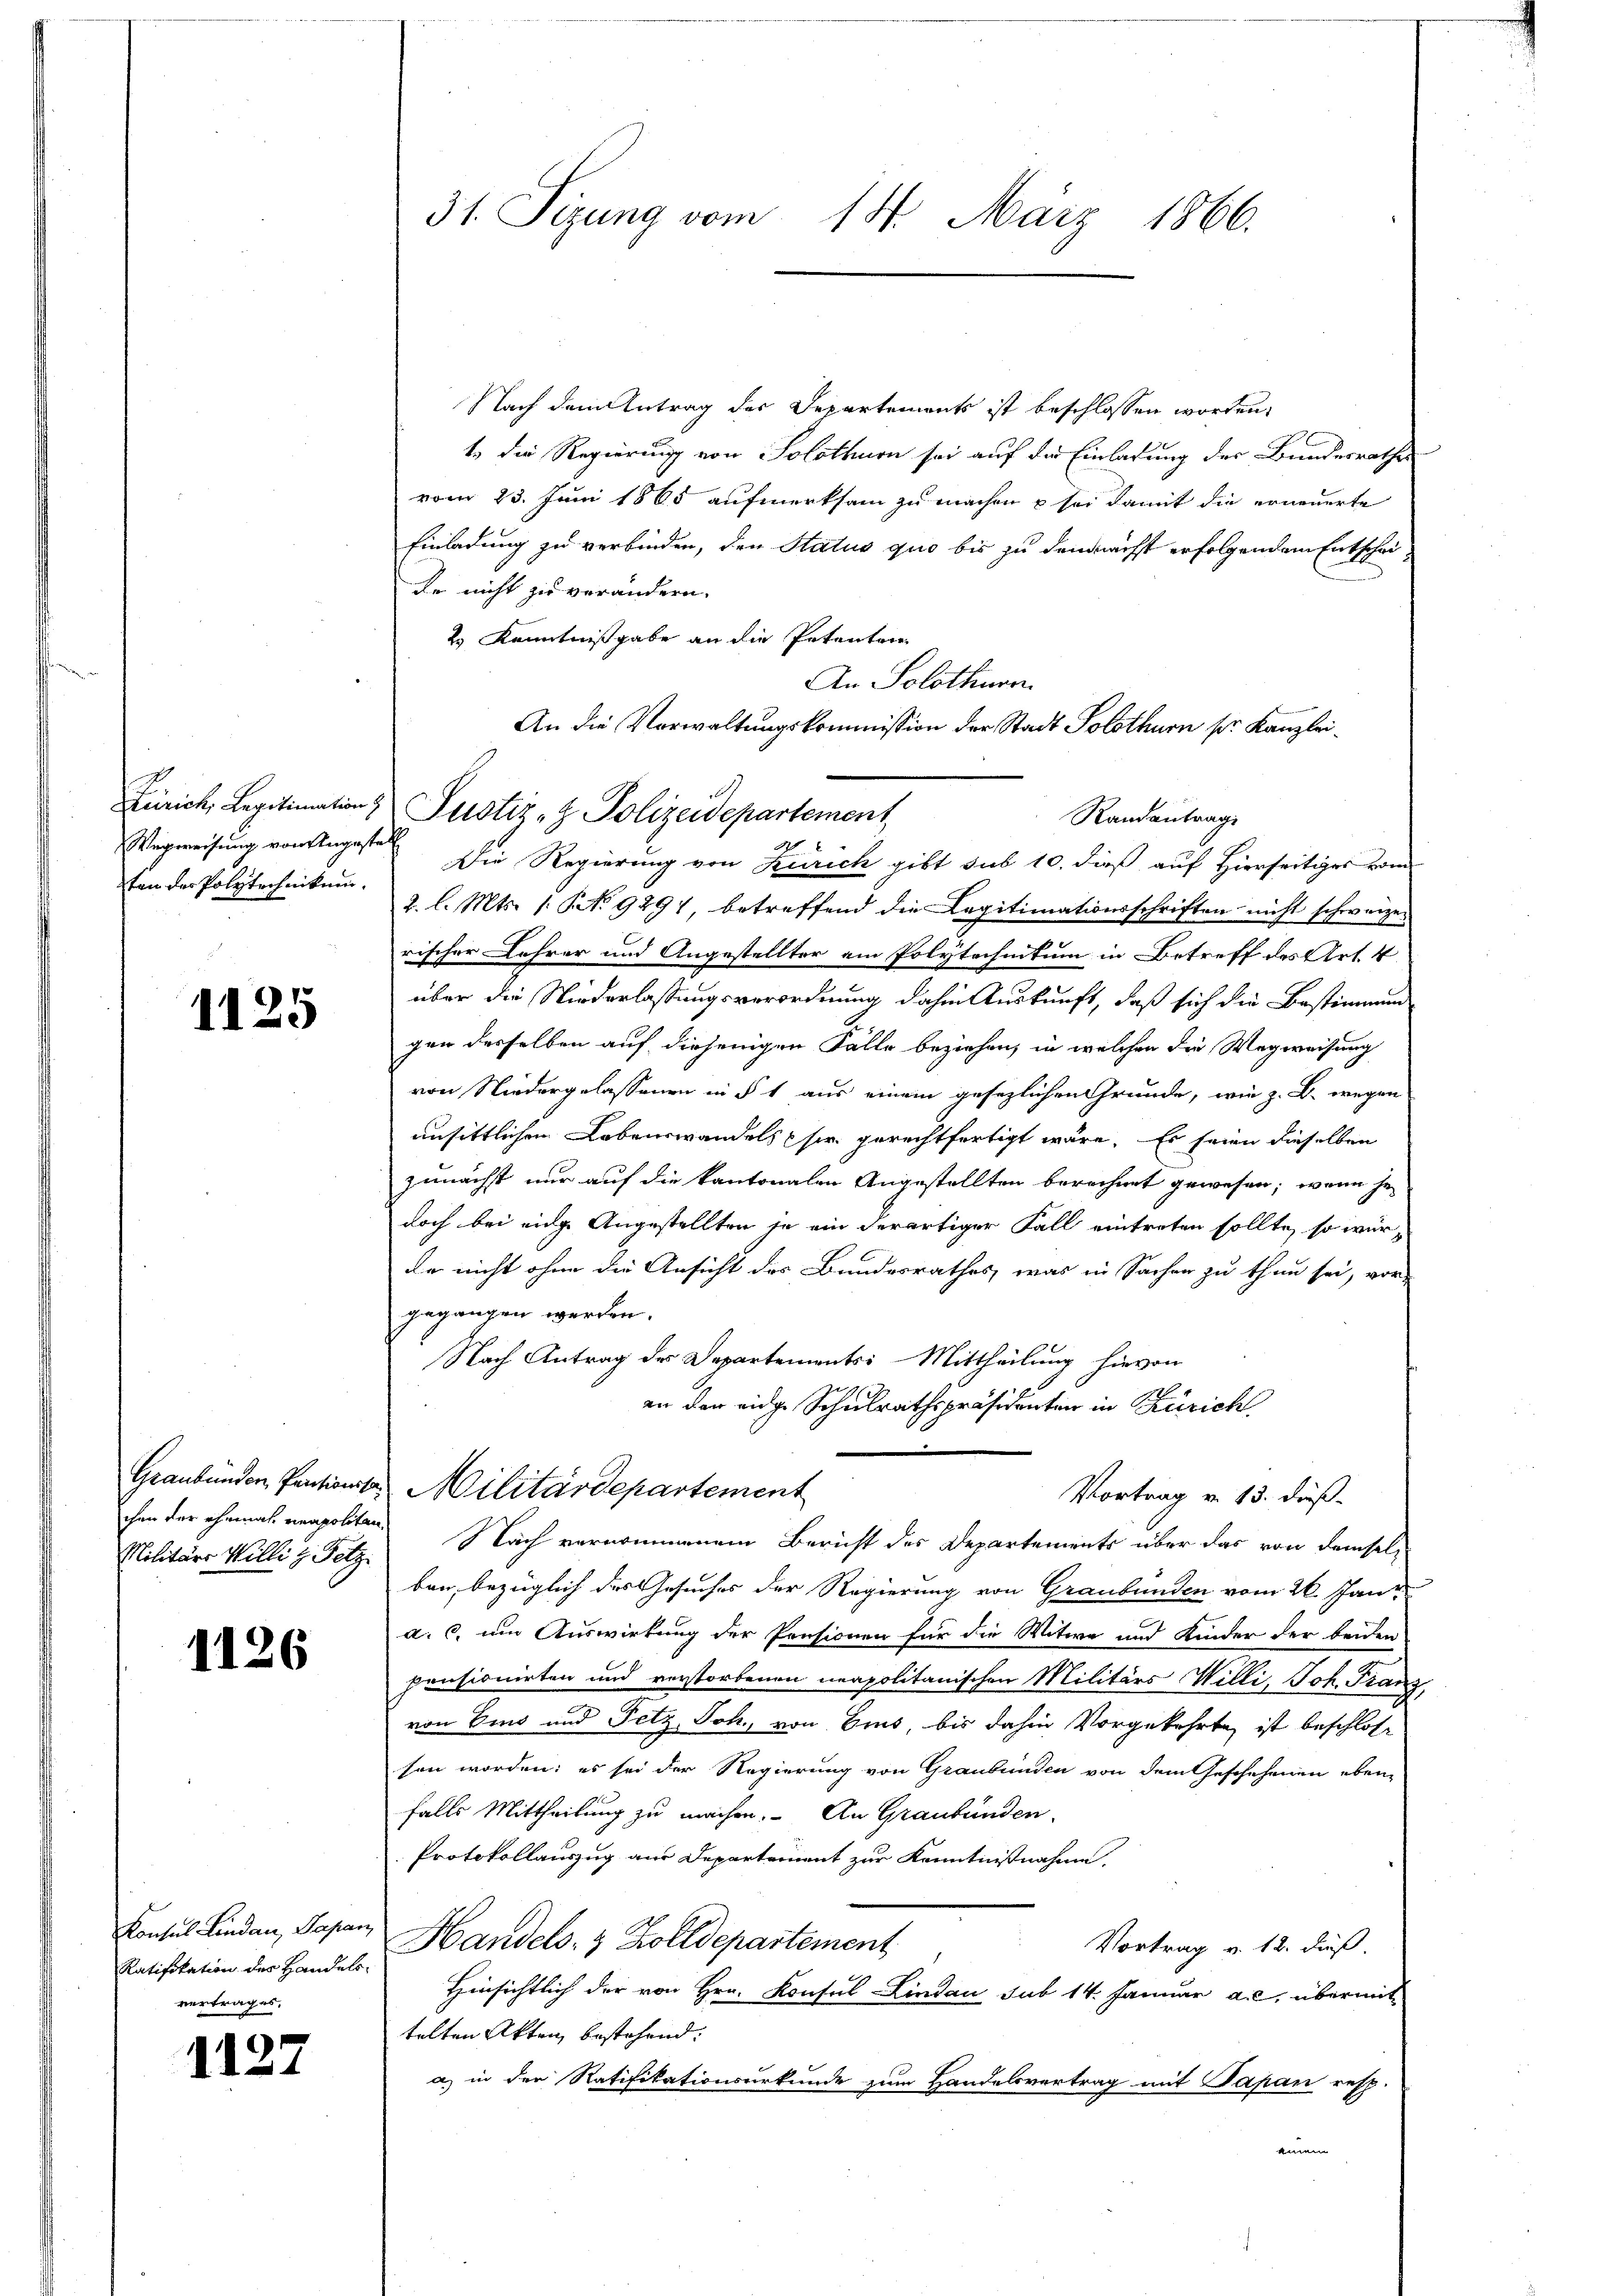
Zürich, Legitimation
ton der Polytechnikum.

1125

Graubünden Pertionssa
chen der ehemal neapolitar
Militärs Willi z. Tetz.

1126

Konsul Lindau, Papan
Ratifikation des Handelsvertrages.

1127

31. Sizung vom 14. März 1866.

Nach dem Antrag des Departements ist beschlossen worden,
t. die Regierung von Solothurn sei auf die Einladung des Bundesrathes
vom 23. Juni 1865 aufmerksam zu machen u sei damit die erneuerte
Einladung zu verbinden, den Status quo bis zu demnächst erfolgendem Entschei¬
Er nicht zu verändern.
2.) Kenntnißgabe an die Petenten
Wegweisung von Angesten Die Regierung von Zürich gibt sub 10. dieß auf Hierseitiger von
2. l. Mts. /: No 9291, betreffend die Legitimationsschriften nicht schweizen
rischer Lehrer und Angestellter am Polytechnitum in Betreff des Art. 4
über die Niederlassungsverordnung dahin Auskunft, daß sich die Bestimmung
gen desselben auf diejenigen Fälle beziehen, in welchen die Wegweisung
von Niedergelassenen in § 1 aus einem gesezlichen Grunde, wie z. B. wegen
ansittlichen Lebenswandels sie gerechtfertigt wäre. Es seien dieselben
zunächst nur auf die kantonalen Angestellten berechnet gewesen; wenn je
doch bei einge Angestellten je ein derartiger Fall eintreten sollte, so würde nicht ohne die Ansicht des Bundesrathes, was in Sachen zu thun sei, vor-
gegangen werden.
Nach Antrag der Departements: Mittheilung hievon
an der eine Schulrathspräsidenten in Zürich
Militärdepartement
Vortrag v. 13. dieß.
Nach vernommenem Bericht des Departements über das von demselben, bezüglich des Gesuches der Regierung von Graubünden vom 26. Jani
a. c. um Auswirkung der Pensionen für die Witwe und Kinder der beiden
pensionirten und verstorbenen neapolitanischen Militärs Willi, Joh. Franz,
von Eins und Fetz Joh. von Bind, bis dahin vorgekehrte ist beschlossen worden: es sei der Regierung von Graubünden von dem Geschehenen eben
falls Mittheilung zu machen. An Graubünden,
Protokollauszug aus Departement zur Kenntnisnahme.
Handels- & Zolldepartement
Vortrag v. 12. dieß.
Hinsichtlich der von Hrn. Konsul-Lindau sub 14. Januar a.c. übermittelten Akten bestehend.
a) in der Ratifikationsurkunde zum Handelsvertrag mit Papan resp.
einem

An Solothurn.
An die Verwaltungskommission der Stadt Solothurn pr. Kanzlei¬
Justiz- & Polizeidepartement
Randantrag